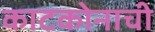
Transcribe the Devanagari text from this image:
काटकोनाची